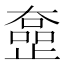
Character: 𡚍